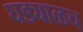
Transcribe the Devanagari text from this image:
घड्याळच